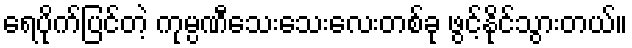
ရေပိုက်ပြင်တဲ့ ကုမ္ပဏီသေးသေးလေးတစ်ခု ဖွင့်နိုင်သွားတယ်။